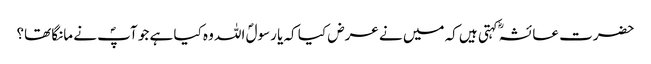
حضرت عائشہؓ کہتی ہیں کہ میں نے عرض کیا کہ یا رسولؐ اللہ وہ کیا ہے جو آپؐ نے مانگا تھا؟